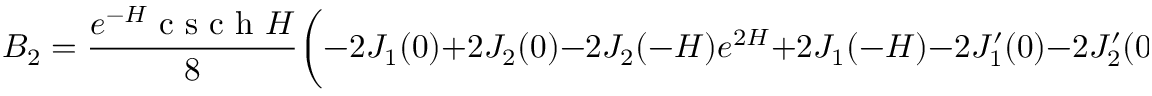
B _ { 2 } = \frac { e ^ { - H } \textrm { c s c h } H } { 8 } \bigg ( - 2 J _ { 1 } ( 0 ) + 2 J _ { 2 } ( 0 ) - 2 J _ { 2 } ( - H ) e ^ { 2 H } + 2 J _ { 1 } ( - H ) - 2 J _ { 1 } ^ { \prime } ( 0 ) - 2 J _ { 2 } ^ { \prime } ( 0 ) - J _ { 1 } ^ { \prime \prime } ( 0 ) + J _ { 2 } ^ { \prime \prime } ( 0 ) \bigg )